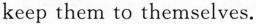
keep them to themselves.